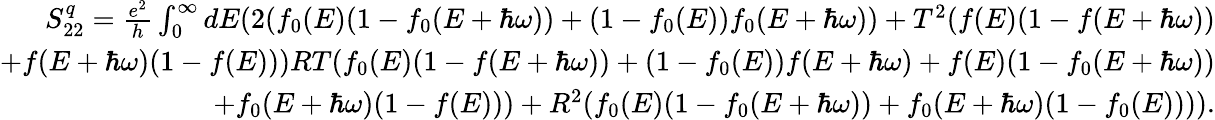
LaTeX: \begin{array}{r}{S_{22}^{q}=\frac{e^{2}}{h}\int_{0}^{\infty}dE(2(f_{0}(E)(1-f_{0}(E+\hbar\omega))+(1-f_{0}(E))f_{0}(E+\hbar\omega))+T^{2}(f(E)(1-f(E+\hbar\omega))}\\ {+f(E+\hbar\omega)(1-f(E)))RT(f_{0}(E)(1-f(E+\hbar\omega))+(1-f_{0}(E))f(E+\hbar\omega)+f(E)(1-f_{0}(E+\hbar\omega))}\\ {+f_{0}(E+\hbar\omega)(1-f(E)))+R^{2}(f_{0}(E)(1-f_{0}(E+\hbar\omega))+f_{0}(E+\hbar\omega)(1-f_{0}(E)))).}\end{array}